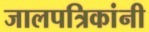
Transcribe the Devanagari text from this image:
जालपत्रिकांनी